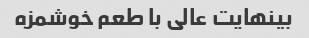
بینهایت عالی با طعم خوشمزه